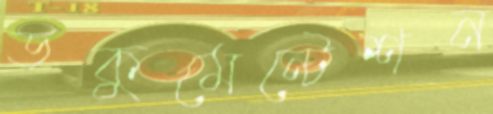
ডকুমেন্টেশন